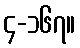
၄-၁၆၇။